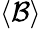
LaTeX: \left<\mathcal{B}\right>